Vaccine operations Central Provinces 1886-1899 - 1886-1899
Year: 1886
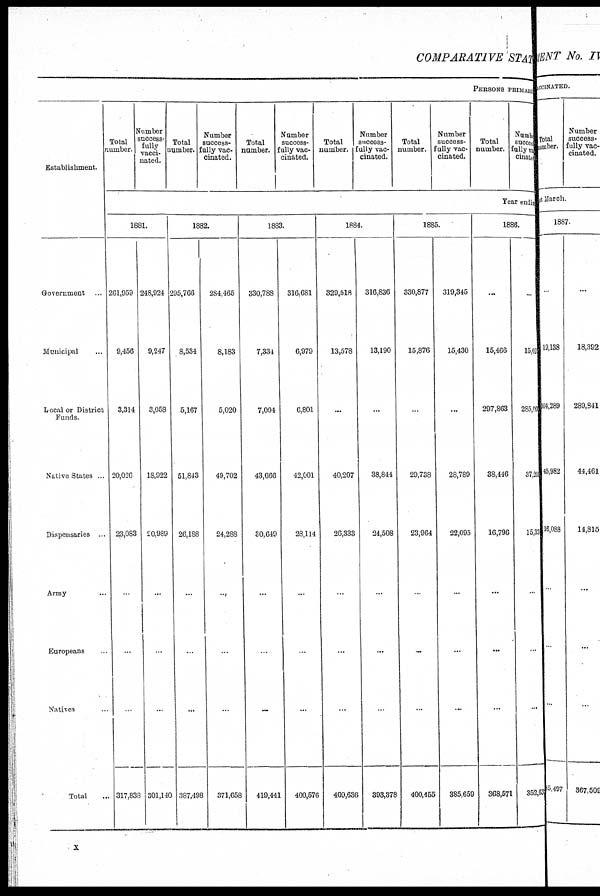
COMPARATIVE STATE
PERSONS PRI MARY
Establishment.
Government ...
Municipal ...
Local or District
Funds.
Native States ...
Dispensaries ...
Army ...
Europeans ...
Natives ...
Total ...
Total
number.
Number
success¬
fully
vacci-
nated.
Total
number.
Number
success¬
fully vac-
cinated.
Total
number.
Number
success¬
fully vac-
cinated.
Total
number. 1
Number
success-
fully vac-
cinated.
Total
number.
Number
success-
fully vac-
cinated.
Total
number.
Number
success¬
fully vac¬
cinated
Year ending
1881.
261,959
9,456
3,314
20,026
23,083
...
...
...
317,838
248,924
9,247
3,058
18,922
20,989
...
...
...
301,140
1882.
295,766
8,534
5,167
51,843
26,188
...
...
...
387,498
284,465
8,183
5,020
49,702
24,288
...
...
...
371,658
1883.
330,788
7,334
7,004
43,666
30,649
...
...
...
419,441
316,681
6,979
6,801
42,001
28,114
...
...
...
400,576
1884.
329,518
13,578
...
40,207
26,333
...
...
...
409,636
316,836
13,190
...
38,844
24,508
...
...
...
393,378
1885.
330,877
15,876
...
29,738
23,964
...
...
...
400,455
319,345
15,430
...
28,789
22,095
...
...
...
385,659
1886.
...
15,466
297,863
38,446
16,796
...
...
...
368,571
...
15,026
285,660
37,209
15,330
...
...
...
352,633
x